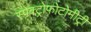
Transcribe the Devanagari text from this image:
स्पेक्ट्रोफोटोमीट्री